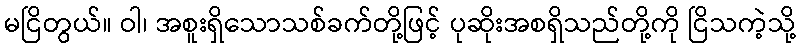
မငြိတွယ်။ ဝါ၊ အစူးရှိသောသစ်ခက်တို့ဖြင့် ပုဆိုးအစရှိသည်တို့ကို ငြိသကဲ့သို့